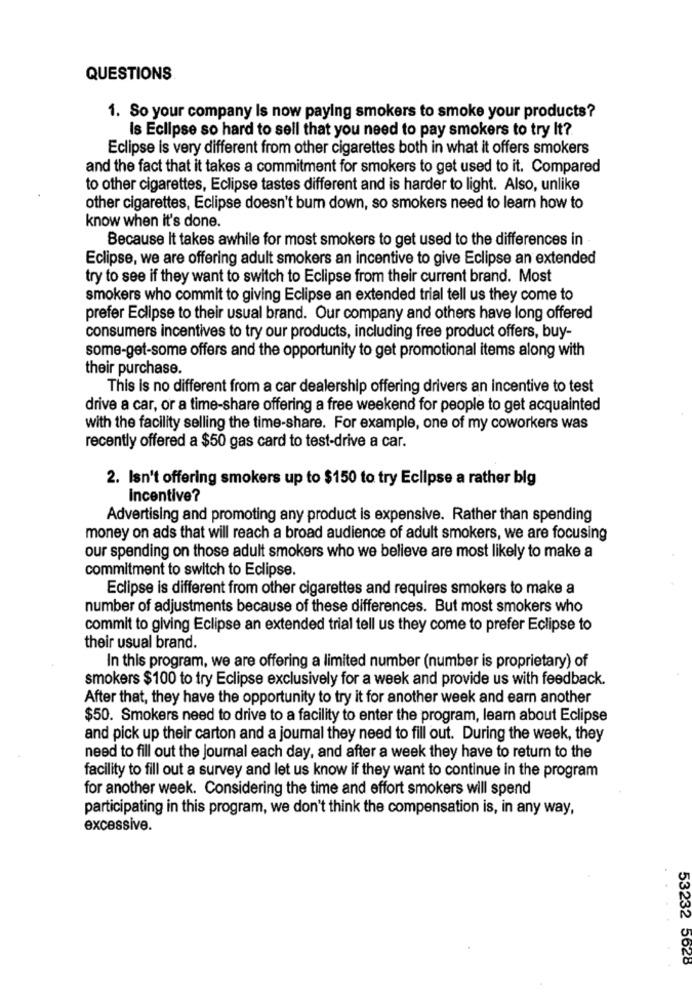
QUESTIONS
1. So your company Is now paying smokers to smoke your products?
Is Eclipse so hard to sell that you need to pay smokers to try It?
Eclipse is very different from other cigarettes both in what it offers smokers
and the fact that it takes a commitment for smokers to get used to it. Compared
to other cigarettes, Eclipse tastes different and is harder to light. Also, unlike
other cigarettes, Eclipse doesn't bum down, so smokers need to learn how to
know when it's done.
Because It takes awhile for most smokers to get used to the differences in -
Eclipse, we are offering adult smokers an incentive to give Eclipse an extended
try to see if they want to switch to Eclipse from their current brand. Most
smokers who commit to giving Eclipse an extended trial tell us they come to
prefer Eclipse to their usual brand. Our company and others have long offered
consumers incentives to try our products, including free product offers, buy-
some-get-some offers and the opportunity to get promotional items along with
their purchase.
This is no different from a car dealership offering drivers an incentive to test
drive a car, or a time-share offering a free weekend for people to get acquainted
with the facility selling the time-share. For example, one of my coworkers was
recently offered a $50 gas card to test-drive a car.
2. Isn't offering smokers up to $150 to try Eclipse a rather big
incentive?
Advertising and promoting any product is expensive. Rather than spending
money on ads that will reach a broad audience of adult smokers, we are focusing
our spending on those adult smokers who we believe are most likely to make a
commitment to switch to Eclipse.
Eclipse is different from other cigarettes and requires smokers to make a
number of adjustments because of these differences. But most smokers who
commit to giving Eclipse an extended trial tell us they come to prefer Eclipse to
their usual brand.
In this program, we are offering a limited number (number is proprietary) of
smokers $100 to try Eclipse exclusively for a week and provide us with feedback.
After that, they have the opportunity to try it for another week and earn another
$50. Smokers need to drive to a facility to enter the program, learn about Eclipse
and pick up their carton and a journal they need to fill out. During the week, they
need to fill out the Journal each day, and after a week they have to return to the
facility to fill out a survey and let us know if they want to continue in the program
for another week. Considering the time and effort smokers will spend
participating in this program, we don't think the compensation is, in any way,
excessive.
53232 5628